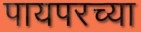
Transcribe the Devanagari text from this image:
पायपरच्या